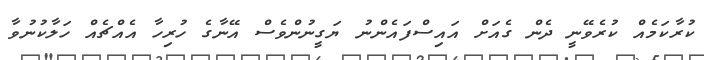
ކުރާކަމެއް ކުރެވޭނީ ދެން ގެއަށް އައިސްފައެންނު ޔަގީނުންވެސް އޭނާގެ ހުރިހާ އެއްޗެއް ހަލާކުނުވާ